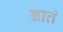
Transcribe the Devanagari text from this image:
ज्ञातं